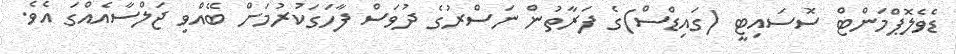
ޑެވެލޮޕްމަންޓް ސޮސައިޓީ (ގައިޑްސް)ގެ ފަރާތުން ނަސްރުގެ ދުވަސް ފާހަގަކުރުމަށް ބޭއްވި ޖަލްސާއެއްގަ އެވެ.